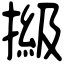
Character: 𢲩